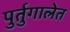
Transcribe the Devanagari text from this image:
पुर्तुगालेत